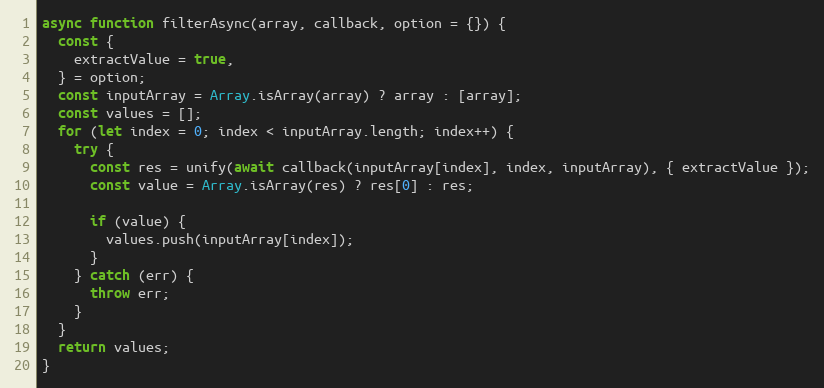
Language: JavaScript
async function filterAsync(array, callback, option = {}) {
  const {
    extractValue = true,
  } = option;
  const inputArray = Array.isArray(array) ? array : [array];
  const values = [];
  for (let index = 0; index < inputArray.length; index++) {
    try {
      const res = unify(await callback(inputArray[index], index, inputArray), { extractValue });
      const value = Array.isArray(res) ? res[0] : res;

      if (value) {
        values.push(inputArray[index]);
      }
    } catch (err) {
      throw err;
    }
  }
  return values;
}